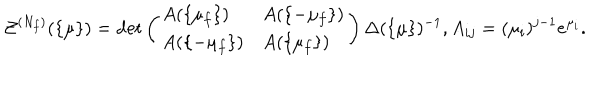
{ \cal Z } ^ { ( N _ { f } ) } ( \{ \mu \} ) = \det \left( \begin{array} { l l } { { A ( \{ \mu _ { f } \} ) } } & { { A ( \{ - \mu _ { f } \} ) } } \\ { { A ( \{ - \mu _ { f } \} ) } } & { { A ( \{ \mu _ { f } \} ) } } \\ \end{array} \right) \Delta ( \{ \mu \} ) ^ { - 1 } , A _ { i j } = ( \mu _ { i } ) ^ { j - 1 } e ^ { \mu _ { i } } .